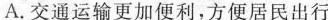
A.交通运输更加便利，方便居民出行